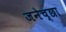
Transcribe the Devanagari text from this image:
जनेच्छा